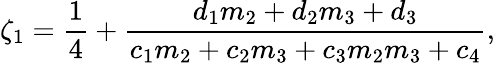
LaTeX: \zeta_{1}=\frac{1}{4}+\frac{d_{1}m_{2}+d_{2}m_{3}+d_{3}}{c_{1}m_{2}+c_{2}m_{3}+c_{3}m_{2}m_{3}+c_{4}},